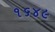
૧૬૪૯